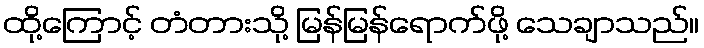
ထို့ကြောင့် တံတားသို့ မြန်မြန်ရောက်ဖို့ သေချာသည်။